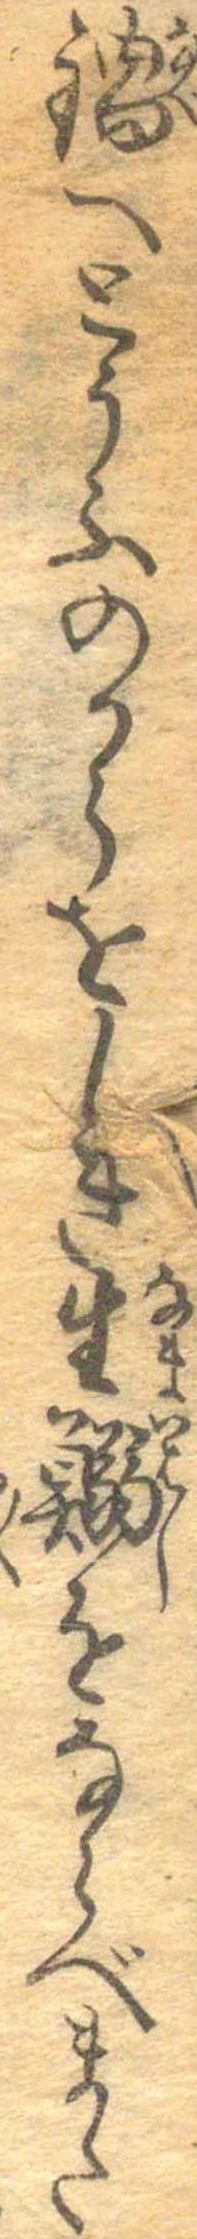
鍋へとうふのからをしき生鰯をならべまた